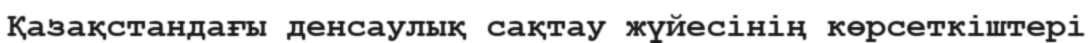
Қазақстандағы денсаулық сақтау жүйесінің көрсеткіштері